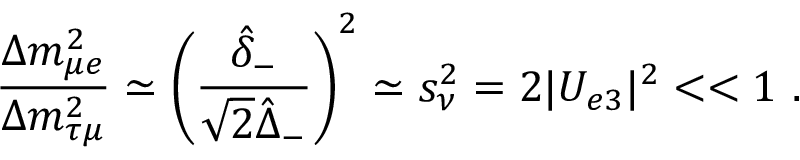
\frac { \Delta m _ { \mu e } ^ { 2 } } { \Delta m _ { \tau \mu } ^ { 2 } } \simeq \left( \frac { \hat { \delta } _ { - } } { \sqrt { 2 } \hat { \Delta } _ { - } } \right) ^ { 2 } \simeq s _ { \nu } ^ { 2 } = 2 | U _ { e 3 } | ^ { 2 } < < 1 \ .